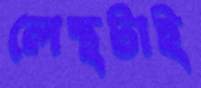
লেন্থটাই